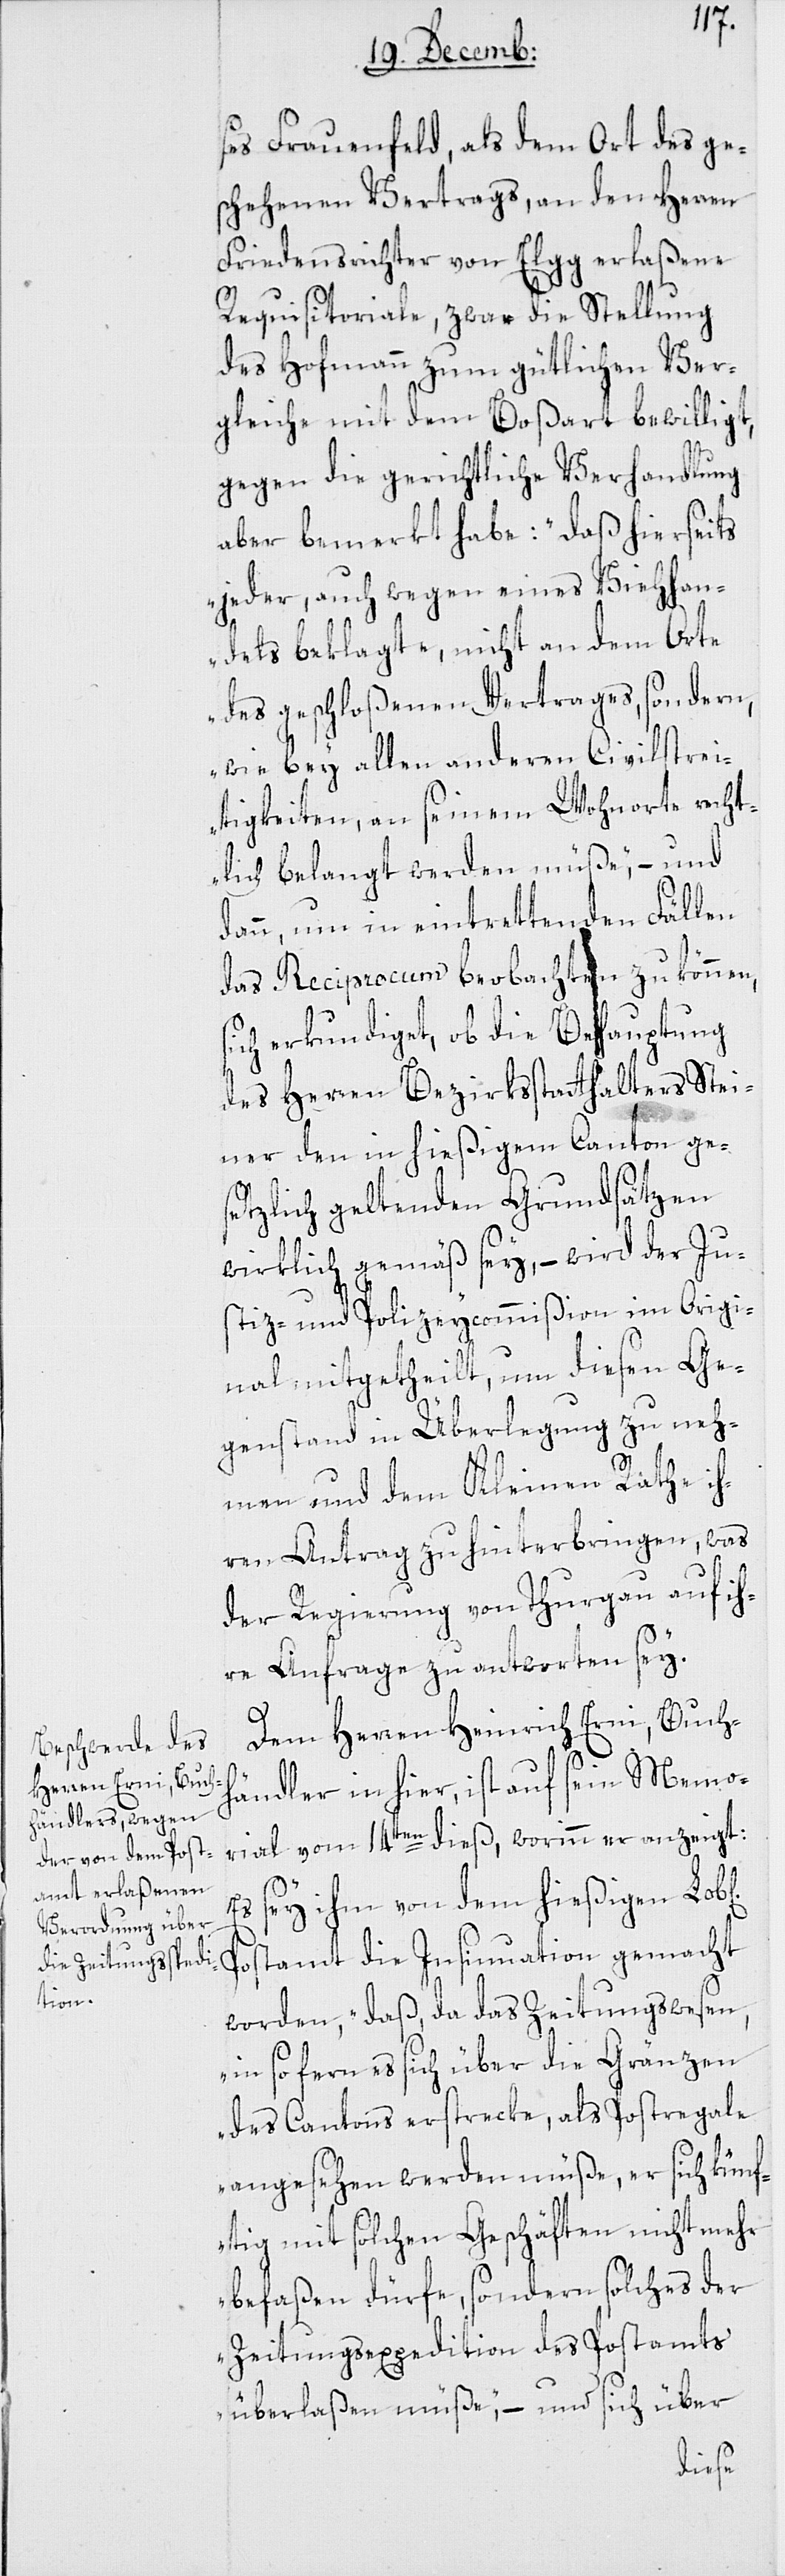
ses Frauenfeld, als dem Ort des ge¬
schehenen Vertrags, an den Herren
Friedensrichter von Elgg erlaßene
Requisitoriale, zwar die Stellung
des Hofmann zum gütlichen Ver¬
gleiche mit dem Boßhart bewilligt,
gegen die gerichtliche Verhandlung
aber bemerkt habe: „Daß hierseits
jeder, auch wegen eines Viehhan¬
dels beklagte, nicht an dem Orte
des geschloßenen Vertrages, sondern,
wie bey allen anderen Civilstrei¬
tigkeiten, an seinem Wohnorte recht¬
lich belangt werden müße“, – und
dann, um in eintrettenden Fällen
das Reciprocum beobachten zu können,
sich erkundiget, ob die Behauptung
des Herren Bezirksstatthalters Stei¬
ner den in hießigem Canton ge¬
setzlich geltenden Grundsätzen
wirklich gemäß sey, – wird der Ju¬
stiz- und Polizeycommißion im Origi¬
nal mitgetheilt, um diesen Ge¬
genstand in Überlegung zu neh¬
men und dem Kleinen Rathe ih¬
ren Antrag zu hinterbringen, was
der Regierung von Thurgau auf ih¬
re Anfrage zu antworten sey.
Dem Herren Heinrich Erni, Buch¬
händler in hier, ist auf sein Memo¬
rial vom 14ten dieß, worinn er anzeigt:
Es sey ihm von dem hießigen
Postamt die Insinuation gemacht
worden, „daß, da das Zeitungswesen,
in so fern es sich über die Gränzen
des Cantons erstrecke, als Postregale
angesehen werden müße, er sich künf¬
tig mit solchen Geschäften nicht mehr
befaßen dürfe, sondern solches der
Zeitungsexpedition des Postamts
überlaßen müße“, – und sich über